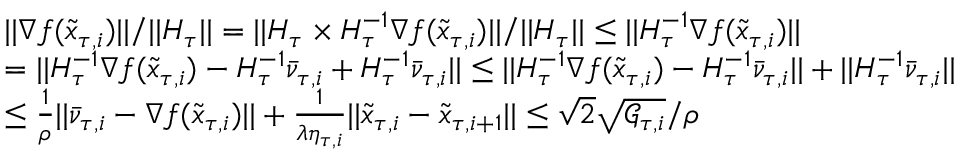
\begin{array} { r l } & { | | \nabla f ( \tilde { x } _ { \tau , i } ) | | / | | H _ { \tau } | | = | | H _ { \tau } \times H _ { \tau } ^ { - 1 } \nabla f ( \tilde { x } _ { \tau , i } ) | | / | | H _ { \tau } | | \leq | | H _ { \tau } ^ { - 1 } \nabla f ( \tilde { x } _ { \tau , i } ) | | } \\ & { = | | H _ { \tau } ^ { - 1 } \nabla f ( \tilde { x } _ { \tau , i } ) - H _ { \tau } ^ { - 1 } \bar { \nu } _ { \tau , i } + H _ { \tau } ^ { - 1 } \bar { \nu } _ { \tau , i } | | \leq | | H _ { \tau } ^ { - 1 } \nabla f ( \tilde { x } _ { \tau , i } ) - H _ { \tau } ^ { - 1 } \bar { \nu } _ { \tau , i } | | + | | H _ { \tau } ^ { - 1 } \bar { \nu } _ { \tau , i } | | } \\ & { \leq \frac { 1 } { \rho } | | \bar { \nu } _ { \tau , i } - \nabla f ( \tilde { x } _ { \tau , i } ) | | + \frac { 1 } { \lambda \eta _ { \tau , i } } | | \tilde { x } _ { \tau , i } - \tilde { x } _ { \tau , i + 1 } | | \leq \sqrt { 2 } \sqrt { \mathcal { G } _ { \tau , i } } / \rho } \end{array}